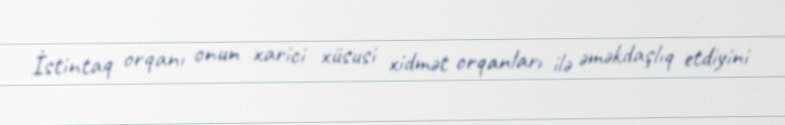
İstintaq orqanı onun xarici xüsusi xidmət orqanları ilə əməkdaşlıq etdiyini